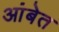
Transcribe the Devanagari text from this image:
आंबेत